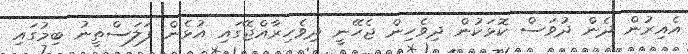
އެއިރުން ދެން ދުވަސް ކޮޅަކުން ދިވެހިން ޖެހޭނީ ދިވެހިރާއްޖޭގައި އުޅެން ފަލަސްތީނު ބިމުގައި